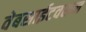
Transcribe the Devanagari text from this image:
वेबसाईटवरून